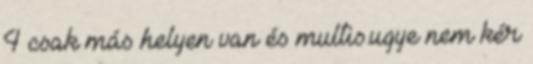
4 csak más helyen van és multis.ugye nem kér